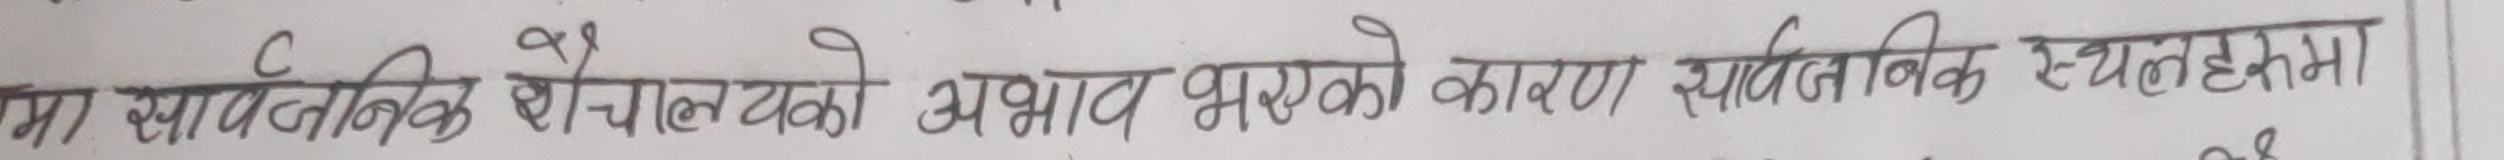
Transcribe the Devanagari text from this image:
मा सार्वजनिक शौचालयको अभाव भएको कारण सार्वजनिक स्थलहरूमा